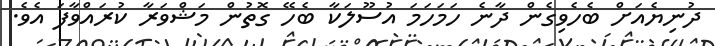
ދުނިޔެއަށް ބެހެވިގެން ދާނެ ހަމަހަމަ އުސޫލަކާ ބެހޭ ގޮތުން މަޝްވަރާ ކުރައްވާފަ އެވެ.